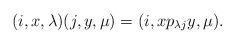
LaTeX: \begin{align*}(i,x,\lambda)(j,y,\mu) = (i,xp_{\lambda j}y,\mu).\end{align*}